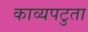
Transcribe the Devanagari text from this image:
काव्यपटुता